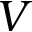
V